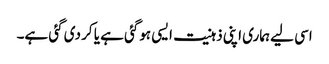
اسی لیے ہماری اپنی ذہنیت ایسی ہوگئی ہے یا کر دی گئی ہے۔